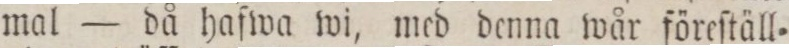
mal — då haſwa wi, med denna wår föreſtäll=